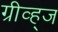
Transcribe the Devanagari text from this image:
ग्रीव्ह्‌ज